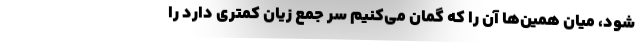
شود، میان همین‌ها آن را که گمان می‌کنیم سر جمع زیان کمتری دارد را